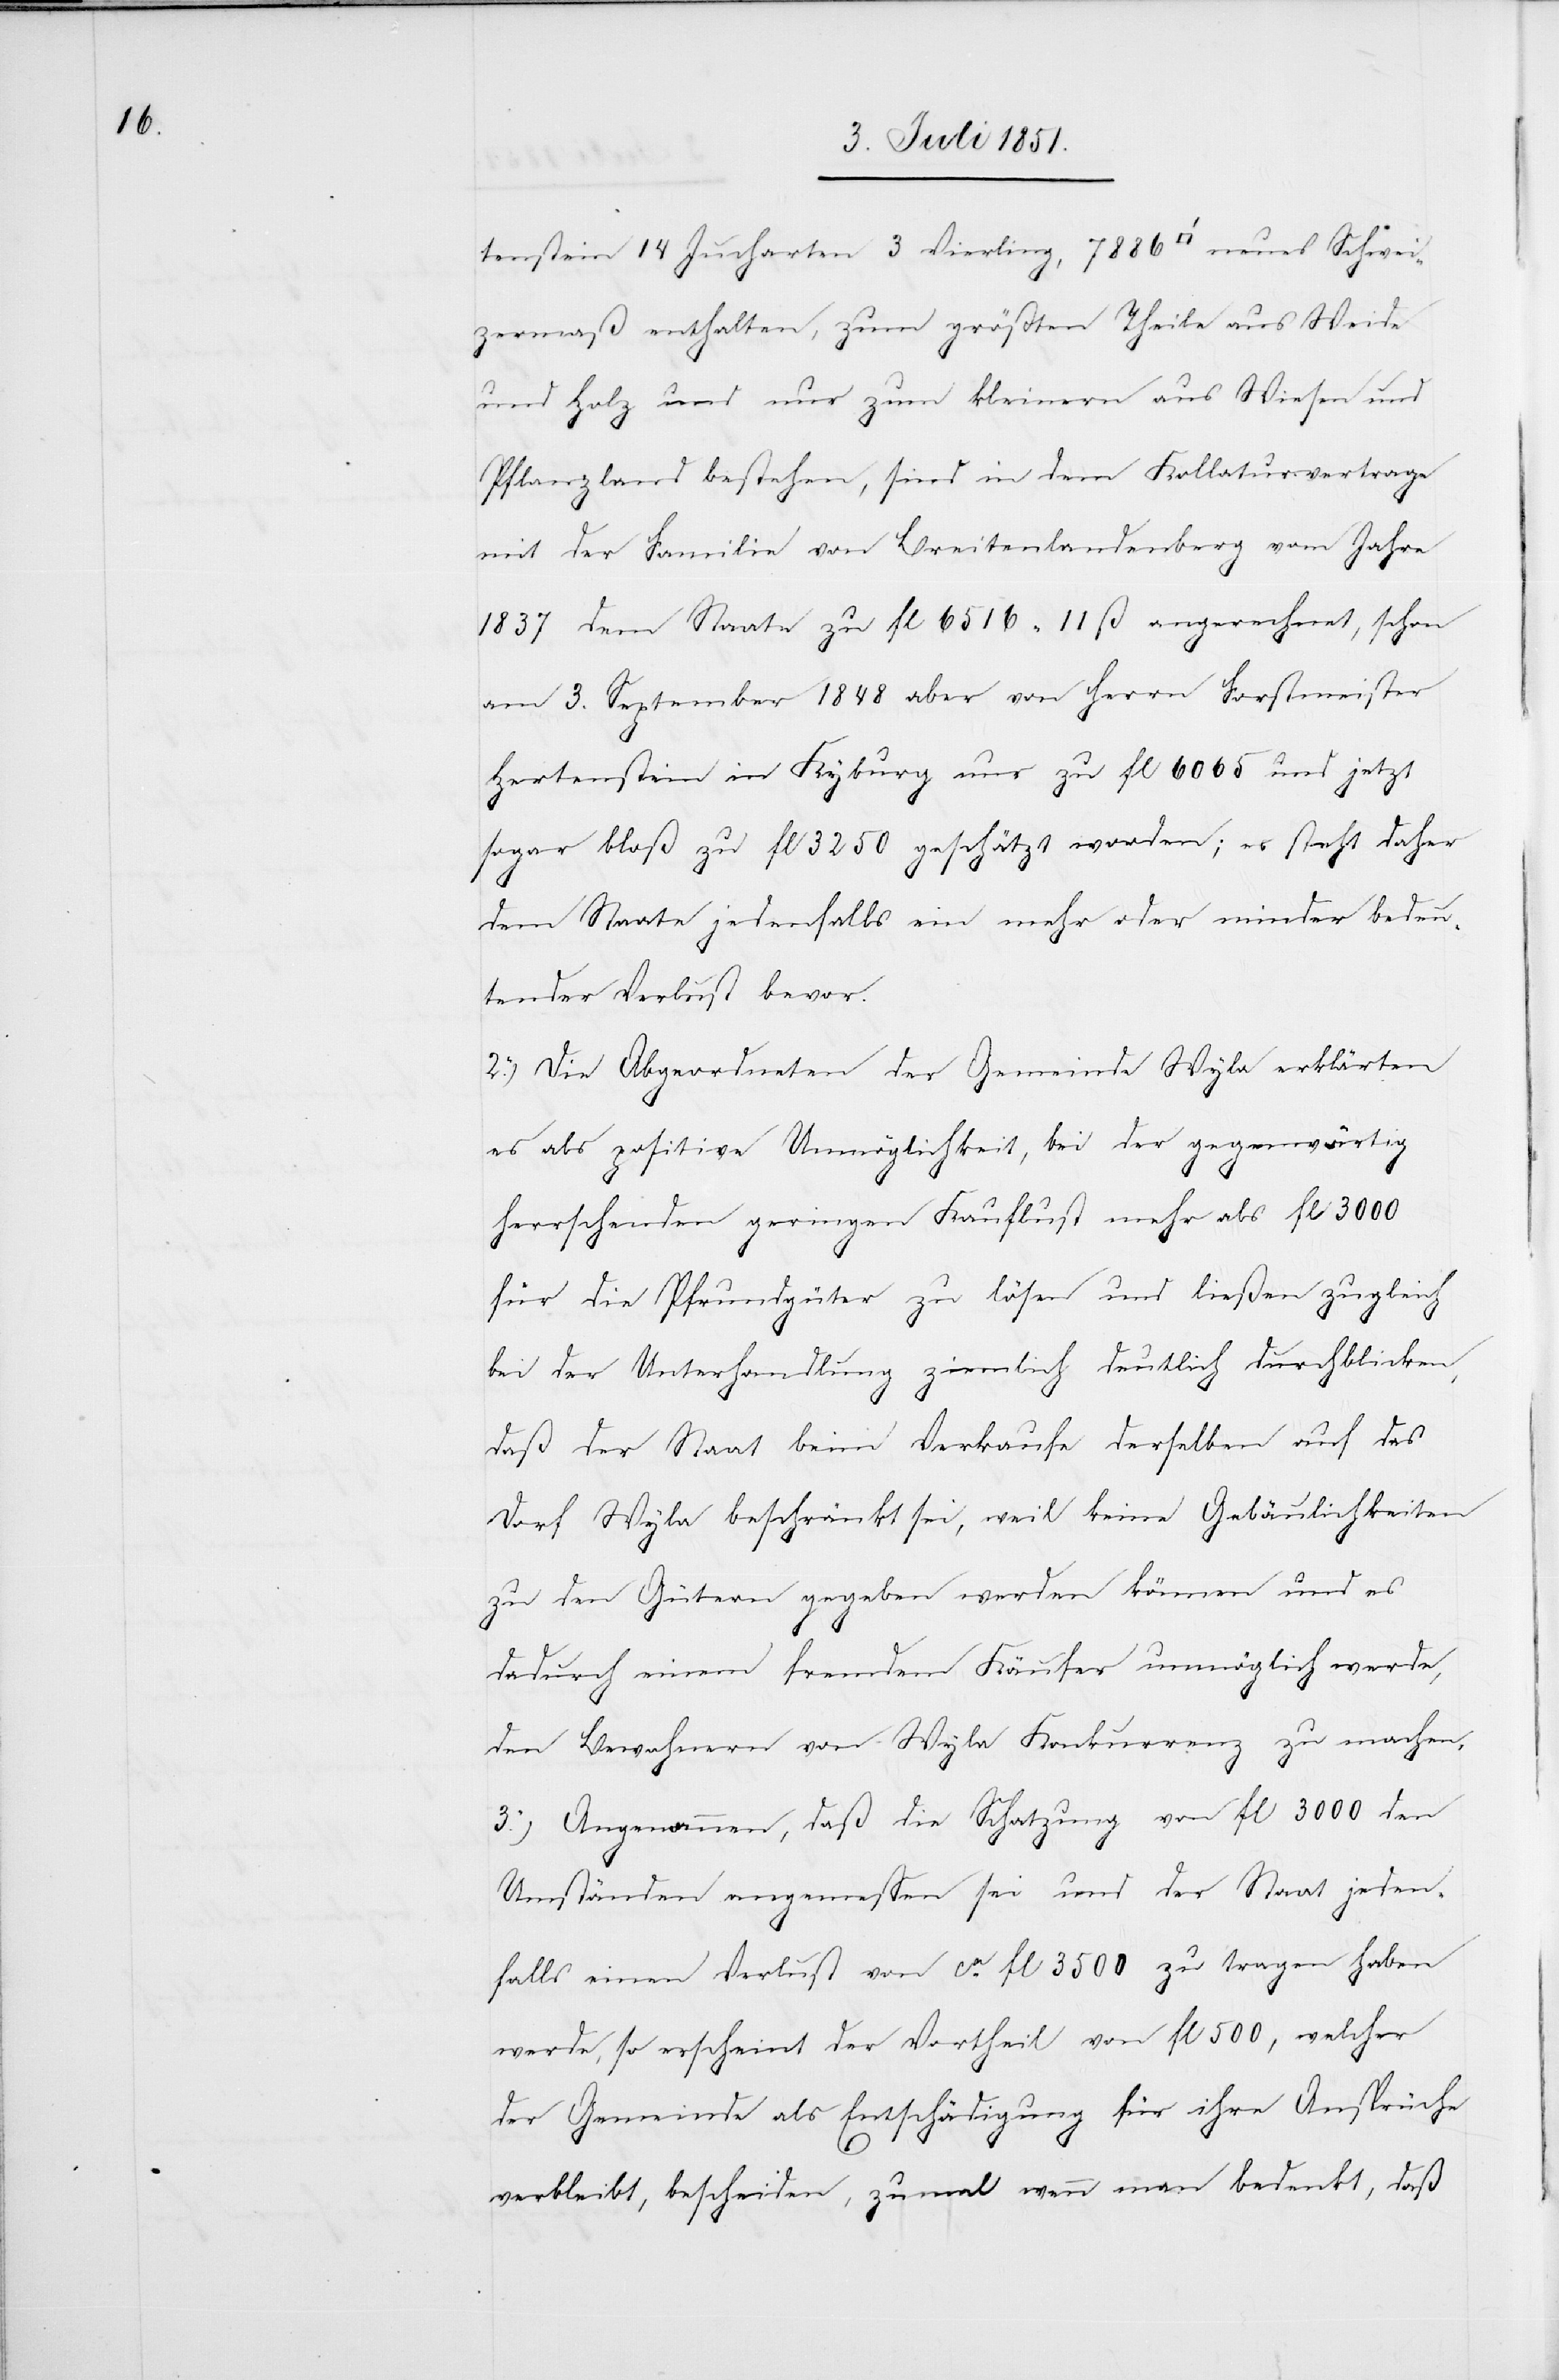
tenstein 14 Jucharten 3 Vierling, 7886 [Quadratfuß] neues Schwei¬
zermaß enthalten, zum größten Theile aus Weide
und Holz und nur zum kleinern aus Wiesen und
Pflanzland bestehen, sind in dem Kollaturvertrage
mit der Familie von Breitenlandenberg vom Jahre
1837 dem Staate zu fl 6516 11 ß angerechnet, schon
am 3. September 1848 aber von Herrn Forstmeister
Hertenstein in Kyburg nur zu fl 6065 und jetzt
sogar bloß zu fl 3250 geschätzt worden; es steht daher
dem Staate jedenfalls ein mehr oder minder bedeu¬
tender Verlust bevor.
2.) Die Abgeordneten der Gemeinde Wyla erklärten
es als positive Unmöglichkeit, bei der gegenwärtig
herrschenden geringen Kauflust mehr als fl 3000
für die Pfrundgüter zu lösen und ließen zugleich
bei der Unterhandlung ziemlich deutlich durchblicken,
daß der Staat beim Verkaufe derselben auf das
Dorf Wyla beschränkt sei, weil keine Gebäulichkeiten
zu den Gütern gegeben werden können und es
dadurch einem fremdem [sic!] Käufer unmöglich werde,
den Bewohnern von Wyla Konkurrenz zu machen.
3.) Angenommen, daß die Schatzung von fl 3000 den
Umständen angemessen sei und der Staat jeden¬
falls einen Verlust von ca. fl 3500 zu tragen haben
werde, so erscheint der Vortheil von fl 500, welcher
der Gemeinde als Entschädigung für ihre Ansprüche
verbleibt, bescheiden, zumal wenn man bedenkt, daß